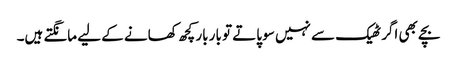
بچے بھی اگر ٹھیک سے نہیں سو پاتے تو بار بار کچھ کھانے کے لیے مانگتے ہیں۔